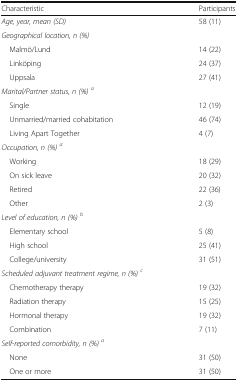
<table><thead><tr><td><b>Characteristic</b></td><td><b>Participants</b></td></tr></thead><tbody><tr><td><i>Age, year, mean (SD)</i></td><td>58 (11)</td></tr><tr><td><i>Geographical location, n (%)</i></td><td></td></tr><tr><td> Malmö/Lund</td><td>14 (22)</td></tr><tr><td> Linköping</td><td>24 (37)</td></tr><tr><td> Uppsala</td><td>27 (41)</td></tr><tr><td><i>Marital/Partner status, n (%)</i><sup><i>a</i></sup></td><td></td></tr><tr><td> Single</td><td>12 (19)</td></tr><tr><td> Unmarried/married cohabitation</td><td>46 (74)</td></tr><tr><td> Living Apart Together</td><td>4 (7)</td></tr><tr><td><i>Occupation, n (%)</i><sup><i>a</i></sup></td><td></td></tr><tr><td> Working</td><td>18 (29)</td></tr><tr><td> On sick leave</td><td>20 (32)</td></tr><tr><td> Retired</td><td>22 (36)</td></tr><tr><td> Other</td><td>2 (3)</td></tr><tr><td><i>Level of education, n (%)</i><sup><i>b</i></sup></td><td></td></tr><tr><td> Elementary school</td><td>5 (8)</td></tr><tr><td> High school</td><td>25 (41)</td></tr><tr><td> College/university</td><td>31 (51)</td></tr><tr><td><i>Scheduled adjuvant treatment regime, n (%)</i><sup><i>c</i></sup></td><td></td></tr><tr><td> Chemotherapy therapy</td><td>19 (32)</td></tr><tr><td> Radiation therapy</td><td>15 (25)</td></tr><tr><td> Hormonal therapy</td><td>19 (32)</td></tr><tr><td> Combination</td><td>7 (11)</td></tr><tr><td><i>Self-reported comorbidity, n (%)</i><sup><i>a</i></sup></td><td></td></tr><tr><td> None</td><td>31 (50)</td></tr><tr><td> One or more</td><td>31 (50)</td></tr></tbody></table>